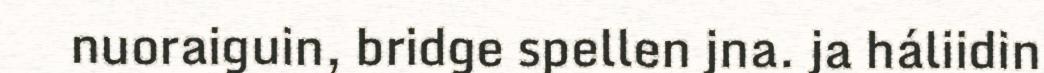
nuoraiguin, bridge spellen jna. ja háliidin